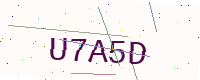
Text: U7A5D